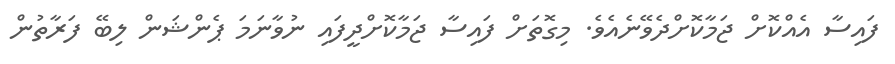
ފައިސާ އެއްކޮށް ޖަމާކޮށްދެވޭނެއެވެ. މިގޮތަށް ފައިސާ ޖަމާކޮށްދީފައި ނުވާނަމަ ޕެންޝަން ލިބޭ ފަރާތުން